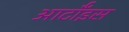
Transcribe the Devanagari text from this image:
आर्टॉइस